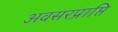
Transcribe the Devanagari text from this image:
अवसरप्राप्ति